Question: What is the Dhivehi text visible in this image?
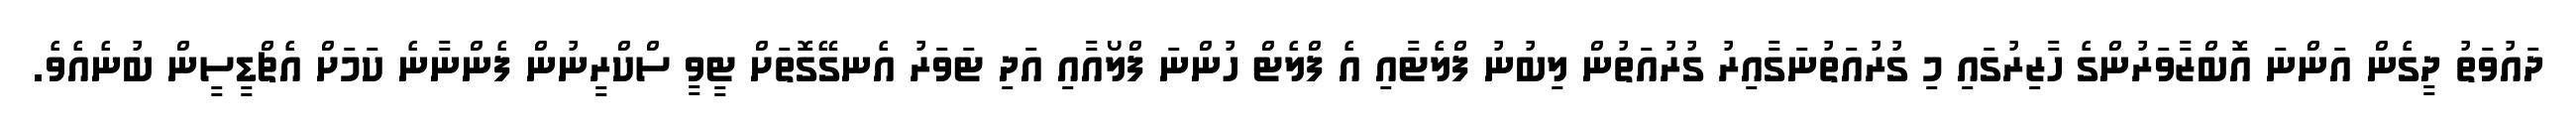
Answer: ދައުވަތު ދީގެން އަންނަ އޮބްޒާވަރުންގެ ހާޒިރުގައި މި ގުރުއަތުނަގާއިރު ގުރުއަތުން ލިބުނު ފްލެޓާއި އެ ފްލެޓް ހުންނަ ފްލޯއާއި އަދި ޓަވަރު އެނގޭގޮތަށް ޓީވީ ސްކްރީނުން ފެންނާނެ ކަމަށް އެޗްޑީސީން ބުނެއެވެ.